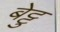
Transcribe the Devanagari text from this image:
बेट्टु